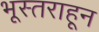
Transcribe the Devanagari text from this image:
भूस्तराहून